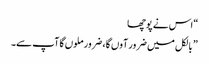
“ اس نے پوچھا
” بالکل میں ضرور آوں گا، ضرور ملوں گا آپ سے۔